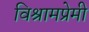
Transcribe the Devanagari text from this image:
विश्रामप्रेमी